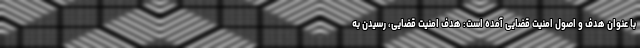
با عنوان هدف و اصول امنیت قضایی آمده است: هدف امنیت قضایی، رسیدن به